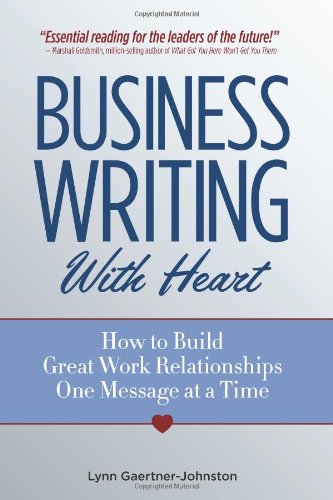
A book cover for Business Writing with Heart: How to Build Great Work Relationships One Message at a Time; Lynn Gaertner-Johnston; Business & Money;